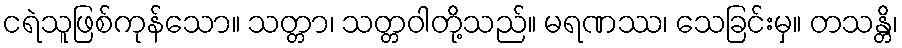
ငရဲသူဖြစ်ကုန်သော။ သတ္တာ၊ သတ္တဝါတို့သည်။ မရဏဿ၊ သေခြင်းမှ။ တသန္တိ၊